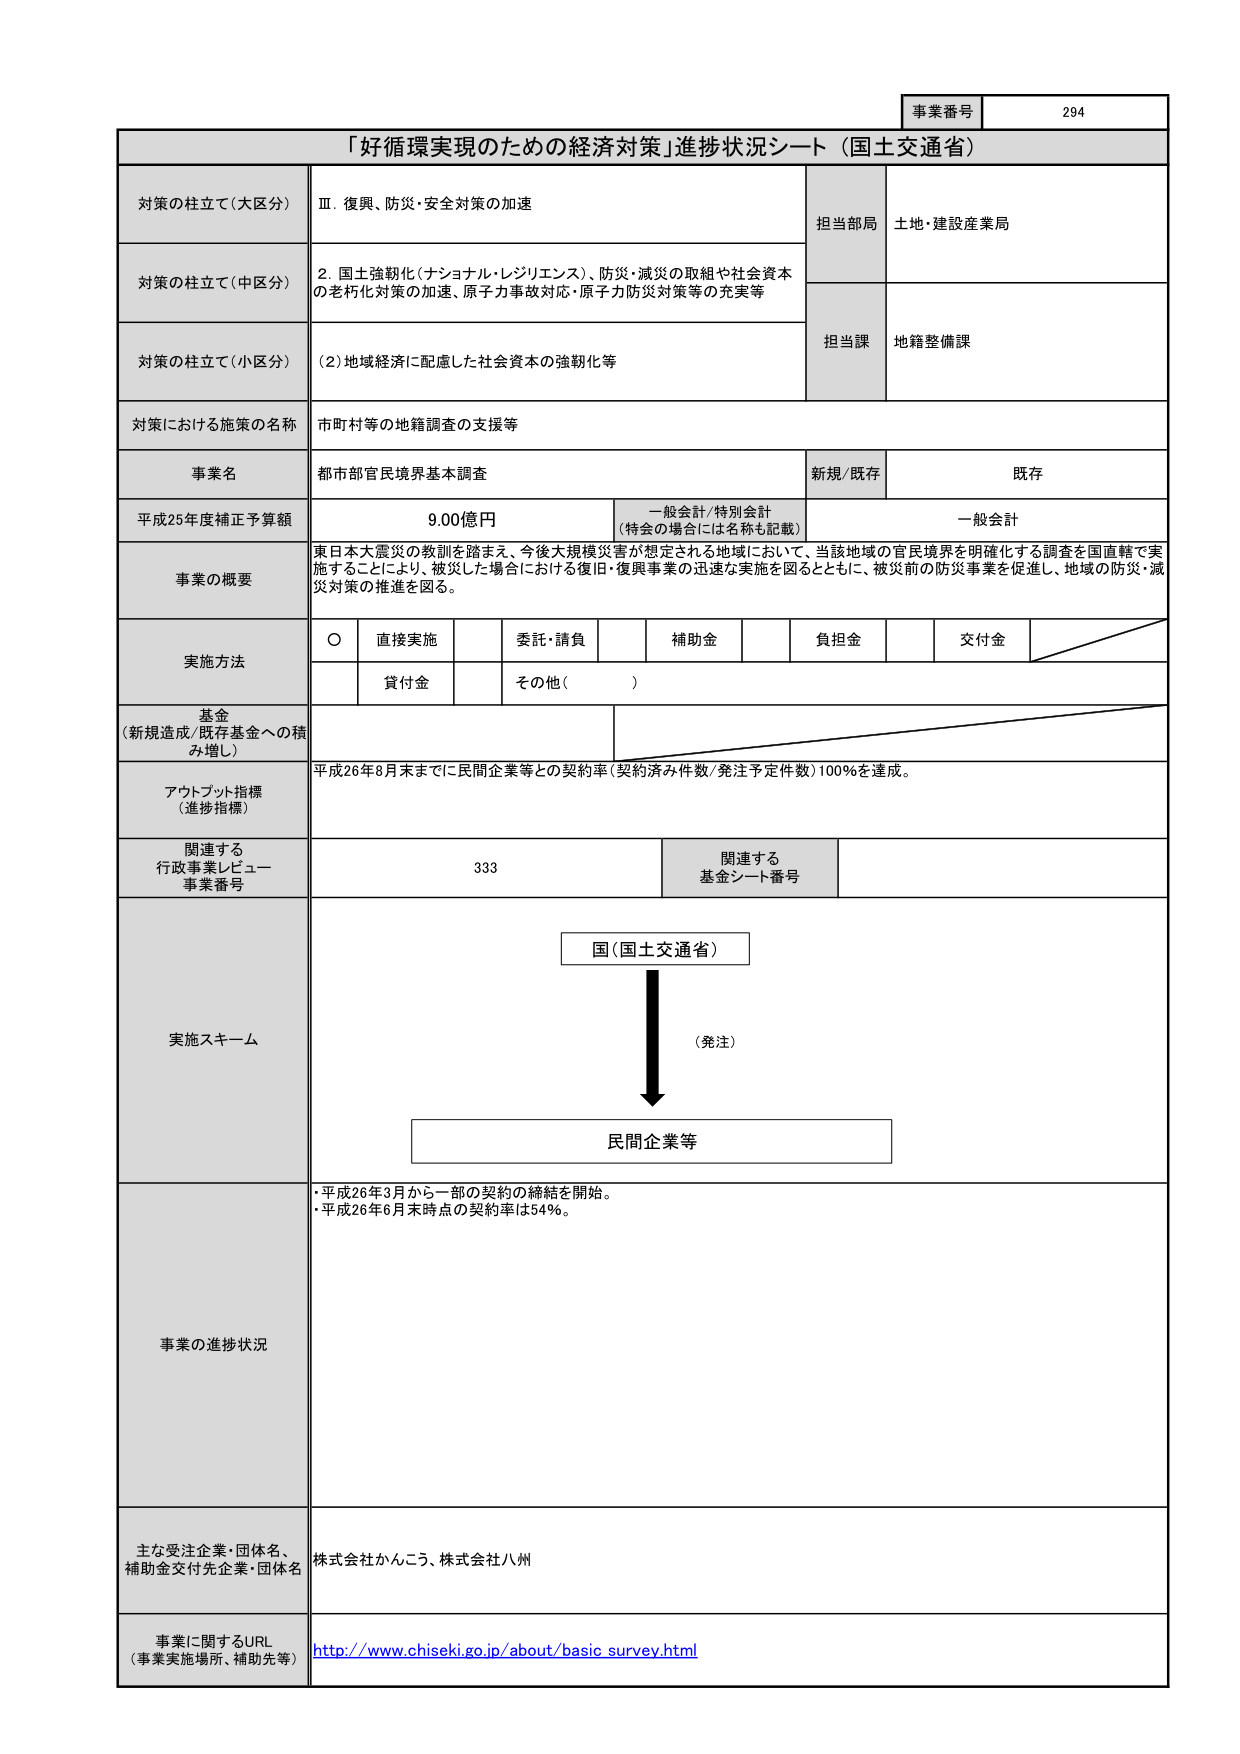
事業番号 294
「好循環実現のための経済対策」進捗状況シート（国土交通省）
対策の柱立て（大区分） Ⅲ．復興、防災・安全対策の加速
担当部局 土地・建設産業局
対策の柱立て（中区分） 2．国土強靭化（ナショナル・レジリエンス）、防災・減災の取組や社会資本の老朽化対策の加速、原子力事故対応・原子力防災対策等の充実等
担当課 地籍整備課
対策の柱立て（小区分） （2）地域経済に配慮した社会資本の強靭化等
対策における施策の名称 市町村等の地籍調査の支援等
事業名 都市部官民境界基本調査 新規/既存 既存
平成25年度補正予算額 9.00億円 一般会計/特別会計 （特会の場合は名称も記載） 一般会計
事業の概要 東日本大震災の教訓を踏まえ、今後大規模災害が想定される地域において、当該地域の官民境界を明確化する調査を国直轄で実施することにより、被災した場合における復旧・復興事業の迅速な実施を図るとともに、被災前の防災事業を促進し、地域の防災・減災対策の推進を図る。
実施方法 ○ 直接実施 委託・請負 補助金 負担金 交付金
貸付金 その他（ ）
基金 （新規造成/既存基金への積み増し）
アウトプット指標 （進捗指標） 平成26年8月末までに民間企業等との契約率（契約済み件数/発注予定件数）100％を達成。
関連する 行政事業レビュー 事業番号 333 関連する 基金シート番号
実施スキーム 国（国土交通省） （発注） 民間企業等
事業の進捗状況 ・平成26年3月から一部の契約の締結を開始。
・平成26年6月末時点の契約率は54％。
主な受注企業・団体名、 補助金交付先企業・団体名 株式会社かんこう、株式会社八州
事業に関するURL （事業実施場所、補助先等） http://www.chiseki.go.jp/about/basic_survey.html